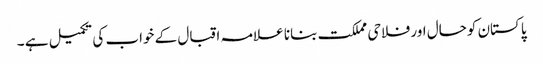
پاکستان کوحال اور فلاحی مملکت بنانا علامہ اقبال کے خواب کی تکمیل ہے ۔